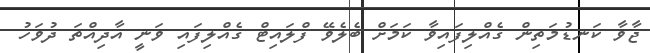
ޖާވާ ކަނޑުމަތިން ގެއްލިފައިވާ ކަމަށް ބެލެވޭ ފްލައިޓް ގެއްލިފައި ވަނީ އާދިއްތަ ދުވަހު